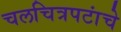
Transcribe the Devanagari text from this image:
चलचित्रपटांचे